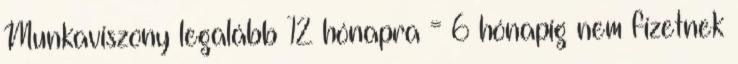
Munkaviszony legalább 12 hónapra = 6 hónapig nem fizetnek